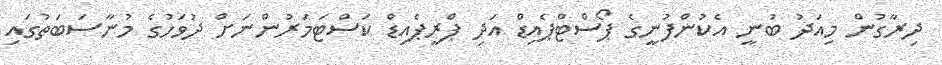
ދިރާގުން މިއަދު ބުނީ އެކުންފުނީގެ ޕޯސްޓްޕެއިޑް އަދި ޕްރީޕެއިޑް ކަސްޓަމަރުންނަށް ދުވަހުގެ މުނާސަބަތުގައި